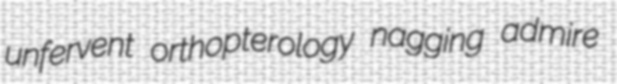
unfervent orthopterology nagging admire